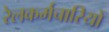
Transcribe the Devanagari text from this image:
रेलकर्मचारियों